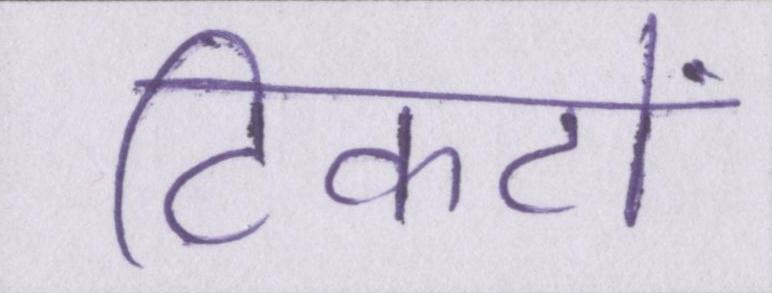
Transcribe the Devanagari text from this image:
टिकटों